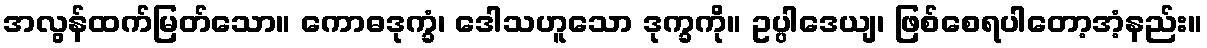
အလွန်ထက်မြတ်သော။ ကောဓဒုက္ခံ၊ ဒေါသဟူသော ဒုက္ခကို။ ဥပ္ပါဒေယျ၊ ဖြစ်စေရပါတော့အံ့နည်း။